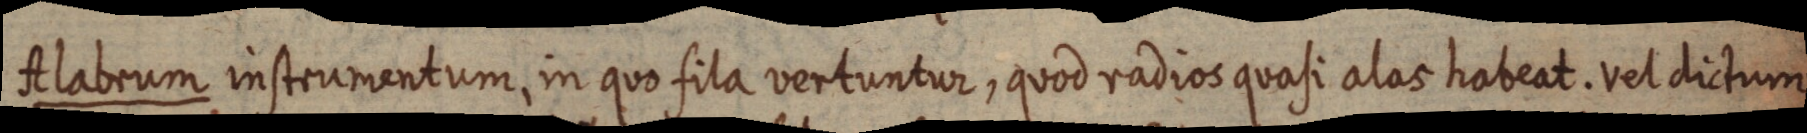
Alabrum instrumentum, in quo fila vertuntur, quod radios quasi alas habeat. vel dictum